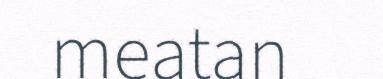
meatan